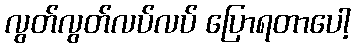
လွတ်လွတ်လပ်လပ် ပြောရတာပေါ့